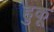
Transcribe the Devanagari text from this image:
हुकू